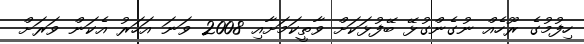
ހިފުމުގެ ރޫހެއް ނުގެންގުޅޭ ބޭފުޅަކަށް ވާތީކަމަށާއި 2008 ވަނަ އަހަރު އެކަން ވަރަށް